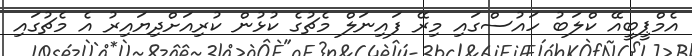
އެމްޕީބީއޭ ކްލަބު ހައުސްގައި މިރޭ ފައިނަލް މެޗުގެ ކުޅުން ކުރިއަށްދިޔައިރު އެ މެޗުގައި